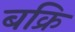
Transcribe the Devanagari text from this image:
बक्रि